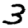
Digit: 3